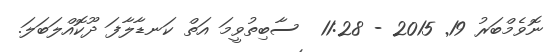
ނޮވެމްބަރު 19